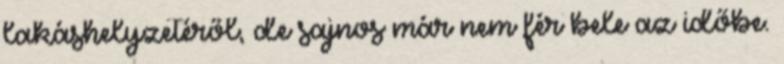
lakáshelyzetéről, de sajnos már nem fér bele az időbe.